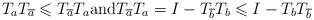
LaTeX: \begin{align*}T_{a} T_{\overline{a}} \leqslant T_{\overline{a}} T_{a} \mbox{and} T_{\overline{a}} T_{a} = I - T_{\overline{b}} T_{b} \leqslant I - T_{b} T_{\overline{b}}\end{align*}